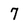
Character: 7